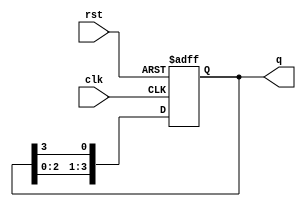
module ring_counter (
    input wire clk,        // Clock input
    input wire rst,        // Reset input
    output reg [3:0] q     // 4-bit output for the counter state
);

    // Initial state (e.g., '1000')
    initial begin
        q = 4'b1000;
    end

    // Synchronous process
    always @(posedge clk or posedge rst) begin
        if (rst) begin
            // Reset the counter to initial state
            q <= 4'b1000;
        end else begin
            // Shift the bits to the right, with the last bit feeding back to the first
            q <= {q[2:0], q[3]};
        end
    end

endmodule